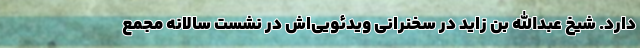
دارد. شیخ عبدالله بن زاید در سخنرانی ویدئویی‌اش در نشست سالانه مجمع